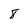
Character: 8